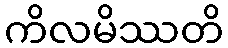
ကိလမိဿတိ